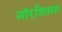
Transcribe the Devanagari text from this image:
नॉरशिसस